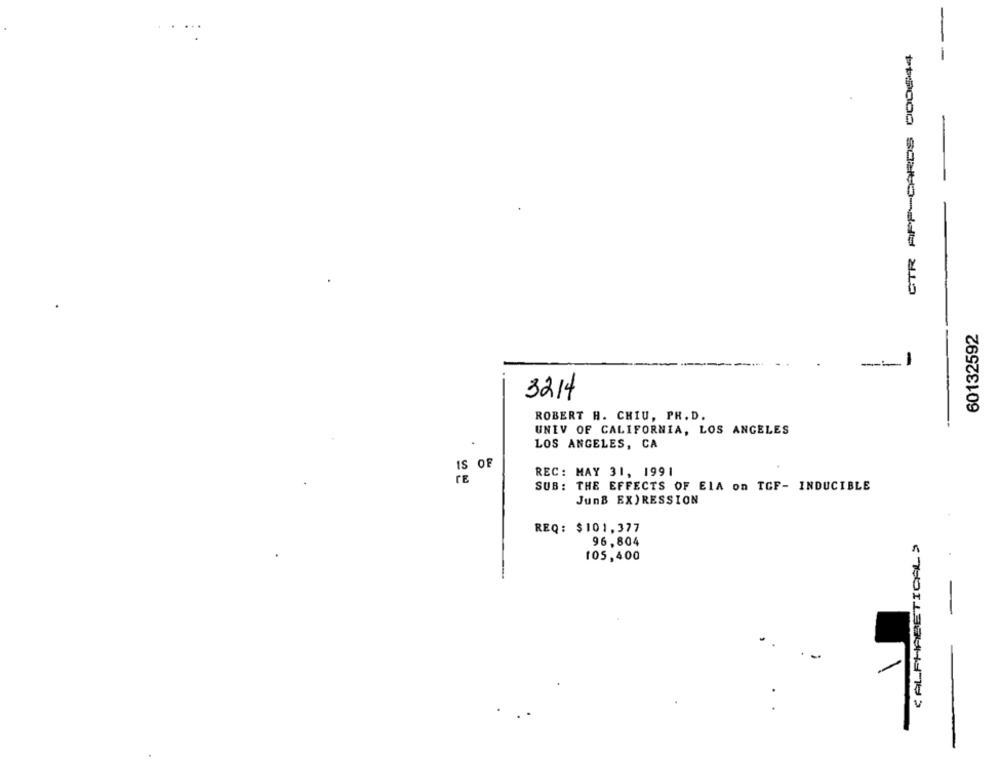
CTR APP-CARDS DO0644
60132592
3214
ROBERT H. CHIU, PH. D.
UNIV OF CALIFORNIA, LOS ANGELES
LOS ANGELES, CA
IS OF
REC: MAY 31, 1991
TE
SUB: THE EFFECTS OF EIA on TCF- INDUCIBLE
JunB EX)RESSION
REQ: $101,377
< ALPHABETICAL >
96,804
105,400
-